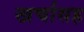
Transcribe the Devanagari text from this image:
खर्चासह